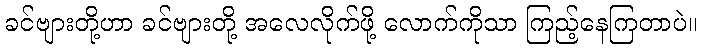
ခင်ဗျားတို့ဟာ ခင်ဗျားတို့ အလေလိုက်ဖို့ လောက်ကိုသာ ကြည့်နေကြတာပဲ။